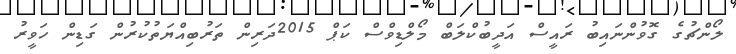
ލޯންޗުގެ ގޮވުންނައިބު ރައީސް އަދީބުކްލަބް މޯލްޑިވްސް ކަޕް 2015ދަރިން ތަރުބިއްޔަތުކުރުން ގަޑިން ހަވީރު